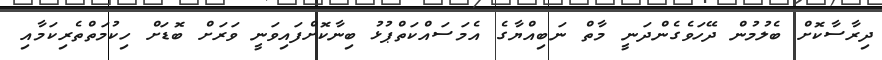
ދިރާސާކޮށް ބެލުމުން ދޭހަވެގެންދަނީ މާތް ނަބިއްޔާގެ އެމަސައްކަތްޕުޅު ބިނާކޮށްފައިވަނީ ވަރަށް ބޮޑަށް ހިކުމަތްތެރިކަމާއި